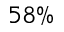
5 8 \%